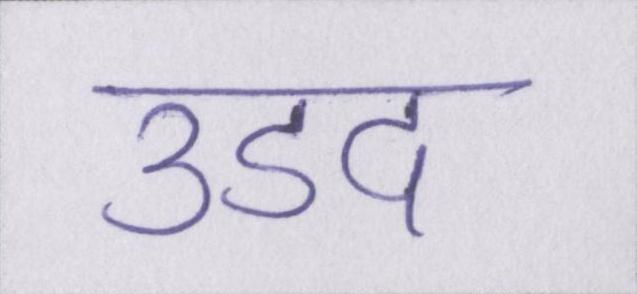
उडद